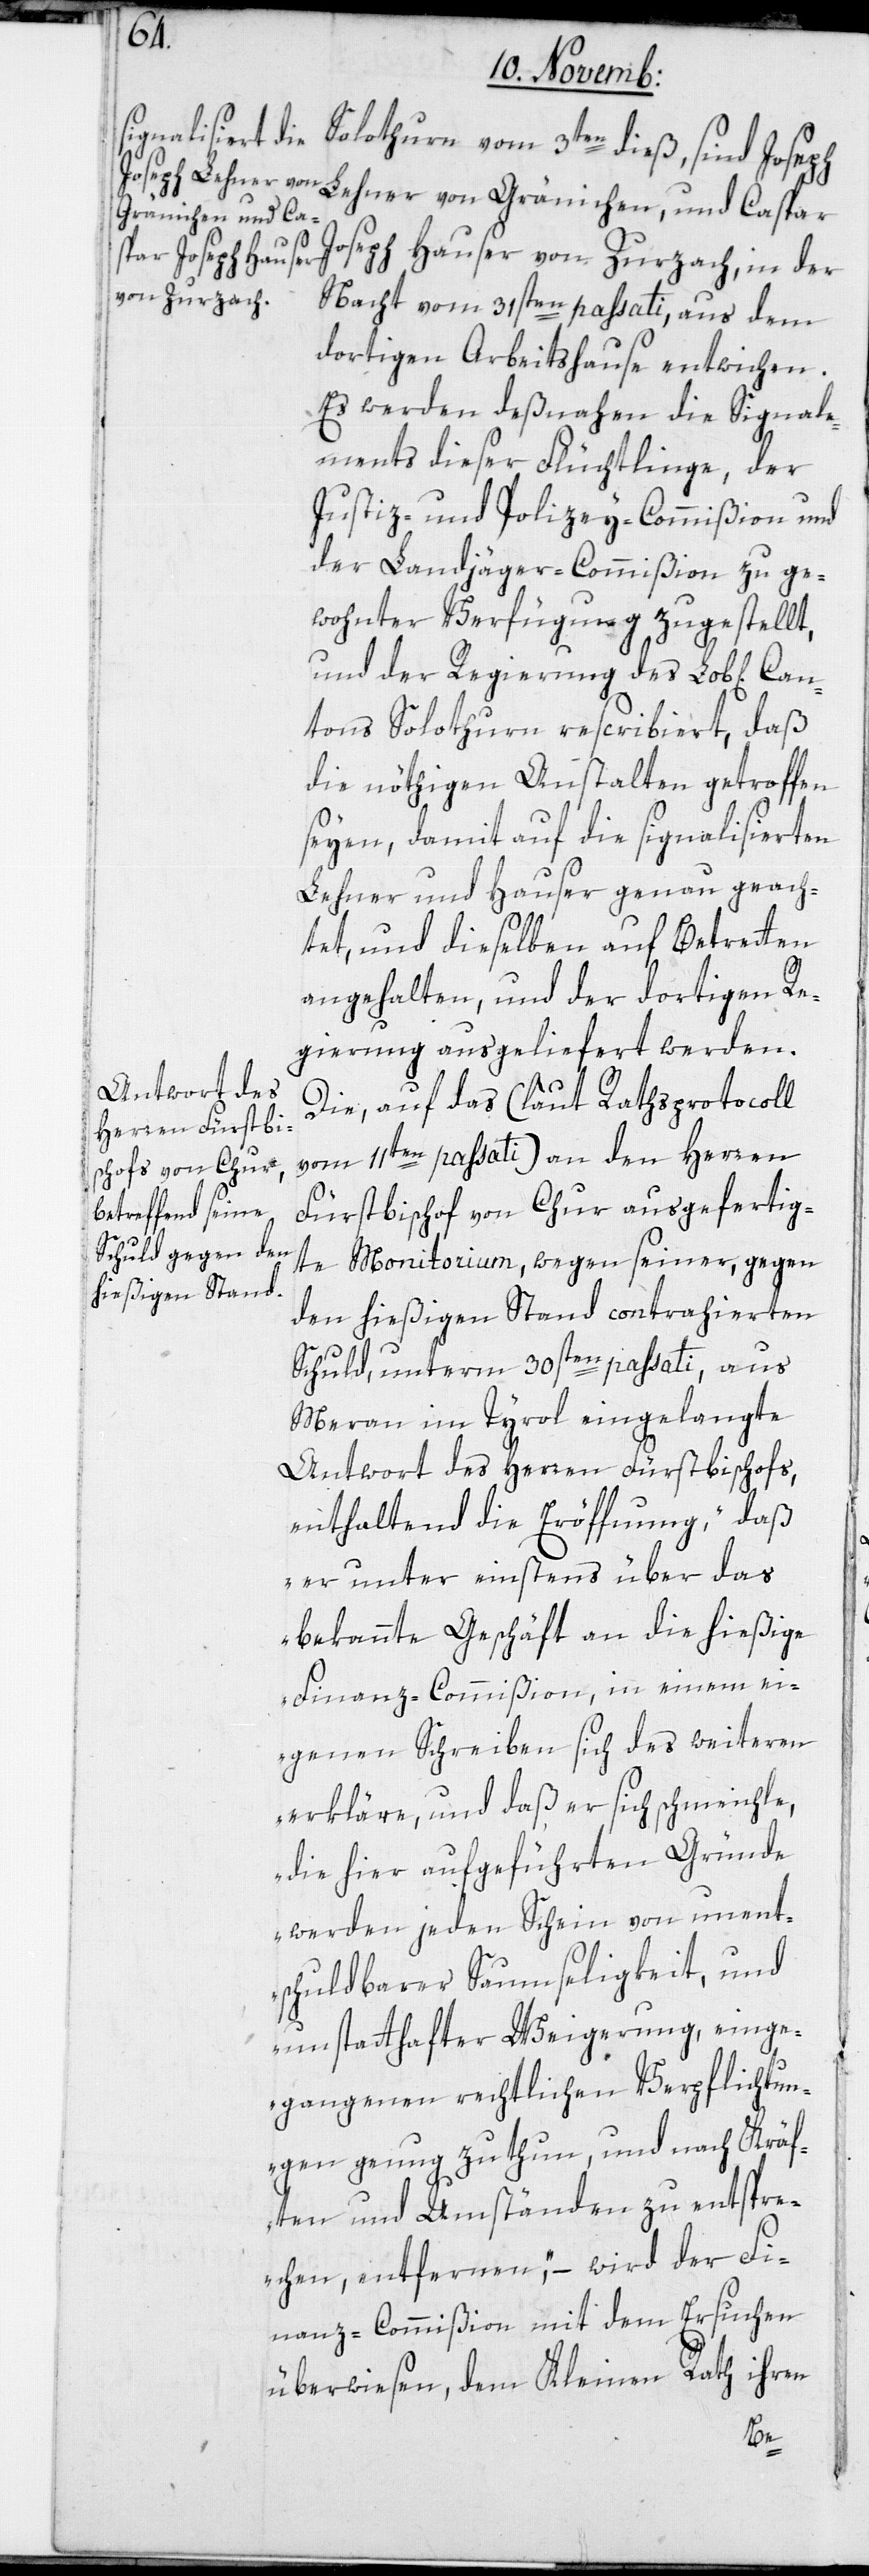
Solothurn vom 3ten dieß, sind Joseph
Gränichen und Ca¬
Joseph Hauser von Zurzach, in der
Nacht vom 31sten passati, aus dem
dortigen Arbeitshause entwichen.
Es werden deßnahen die Signale¬
ments dieser Flüchtlinge, der
Justiz- und Polizey-Commißion und
der Landjäger-Commißion zu ge¬
wohnter Verfügung zugestellt,
und der Regierung des Lob[lichen]
tons Solothurn rescribiert, daß
die nöthigen Anstalten getroffen
seyen, damit auf die signalisierten
Lehner und Hauser genau geach¬
tet, und dieselben auf Betreten
angehalten und der dortigen Re¬
gierung ausgeliefert werden.
Die auf das (laut Rathsprotocoll
vom 11ten passati) an den Herren
Fürstbischof von Chur ausgefertig¬
te Monitorium, wegen seiner, gegen
den hießigen Stand contrahierten
Can¬
Schuld, unterm 30sten passati, aus
Meran im Tyrol eingelangte
Antwort des Herren Fürstbischofs,
enthalten die Eröffnung, „daß
er unter einstens über das
bekannte Geschäft an die hießige
Finanz-Commißion , in einem ei¬
genen Schreiben sich des Weiteren
erkläre, und daß er sich schmeichle,
die hier aufgeführten Gründe
werden jeden Schein von unent¬
schuldbarer Saumseligkeit und
unstatthafter Weigerung, einge¬
gangenen rechtlichen Verpflichtun¬
gen genug zu tun, und nach Kräf¬
ten und Umständen zu entspre¬
chen, entfernen“, – wird der Fi¬
nanz-Commißion mit dem Ersuchen
überwiesen, dem Kleinen Rath ihren